Annual report on the working of the mental hospitals in the Madras Presidency - 1912-1932
Year: 1912
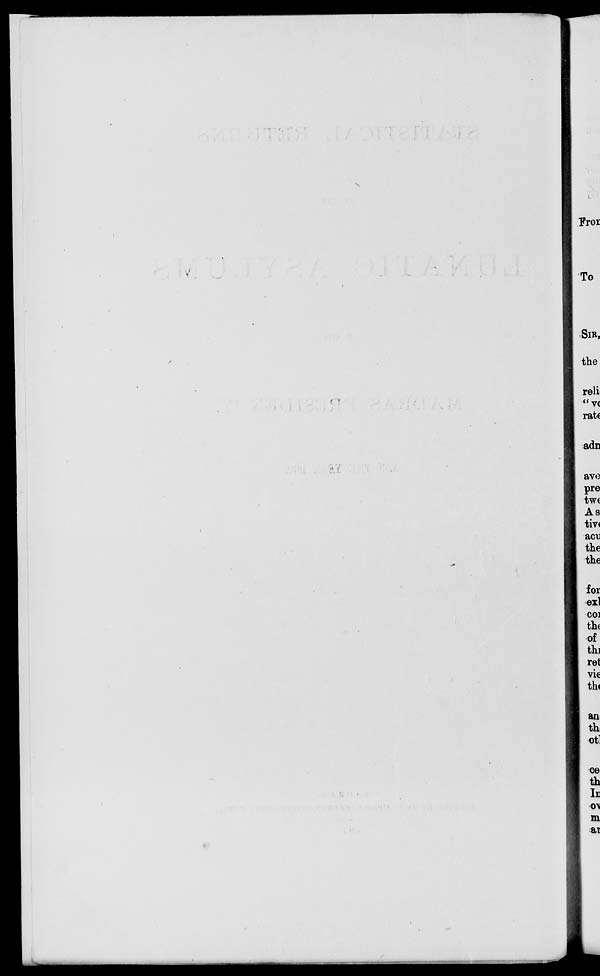
To
(<